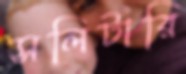
সলিটারি